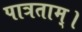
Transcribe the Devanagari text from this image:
पात्रताम्।